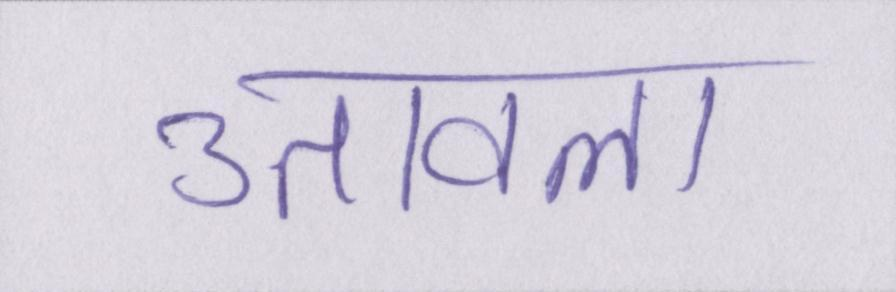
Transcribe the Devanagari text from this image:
उतावला